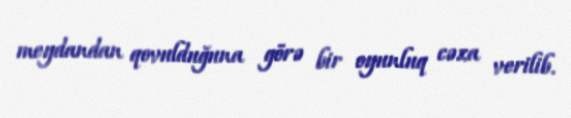
meydandan qovulduğuna görə bir oyunluq cəza verilib.